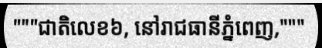
"""ជាតិលេខ៦, នៅរាជធានីភ្នំពេញ,"""